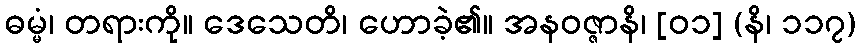
ဓမ္မံ၊ တရားကို။ ဒေသေတိ၊ ဟောခဲ့၏။ အနဝဇ္ဇာနိ၊ [၀၁] (နိ၊ ၁၁၇)